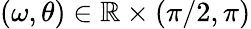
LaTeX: (\omega,\theta)\in\mathbb{R}\times(\pi/2,\pi)